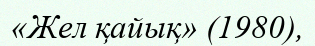
«Жел қайық» (1980),